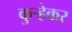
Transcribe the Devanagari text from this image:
कुऱ्हेकर